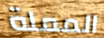
المملة